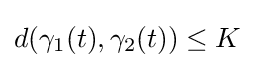
d(\gamma _{1}(t),\gamma _{2}(t))\leq K